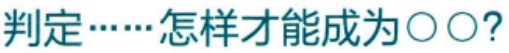
判定……怎样才能成为\(○○?\)